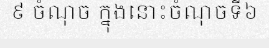
៩ ចំណុច ក្នុងនោះចំណុចទី៦